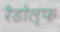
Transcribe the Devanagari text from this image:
रैडोल्फ